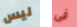
ليس فى